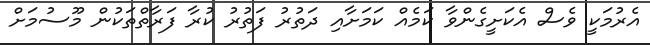
އެރުމަކީ ވެސް އެކަށީގެންވާ ކަމެއް ކަމަށާއި ދަތުރު ފަތުރު ކުރާ ފަރާތްތަކުން މޫސުމަށް